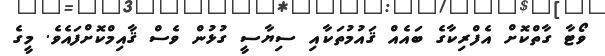
ވޯޓާ ގާތްކޮށް އެފްރިކާގެ ބައެއް ޤައުމުތަކާއި ސިޔާސީ ގުޅުން ވެސް ޤާއިމްކޮށްފައެވެ. މީގެ